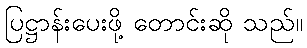
ပြဋ္ဌာန်းပေးဖို့ တောင်းဆို သည်။